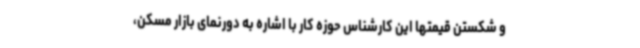
و شکستن قیمتها این کارشناس حوزه کار با اشاره به دورنمای بازار مسکن،